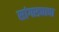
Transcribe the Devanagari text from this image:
सांगाड्याचा